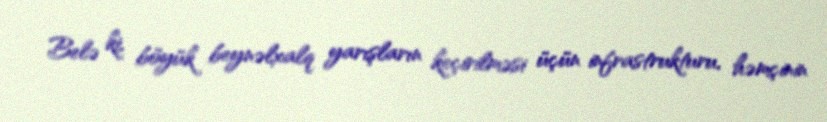
Belə ki, böyük beynəlxalq yarışların keçirilməsi üçün infrastrukturu, həmçinin